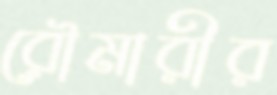
রৌমারীর